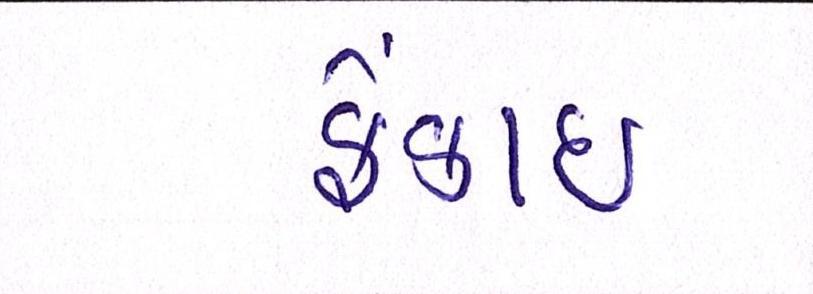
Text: ફેંકાઈ